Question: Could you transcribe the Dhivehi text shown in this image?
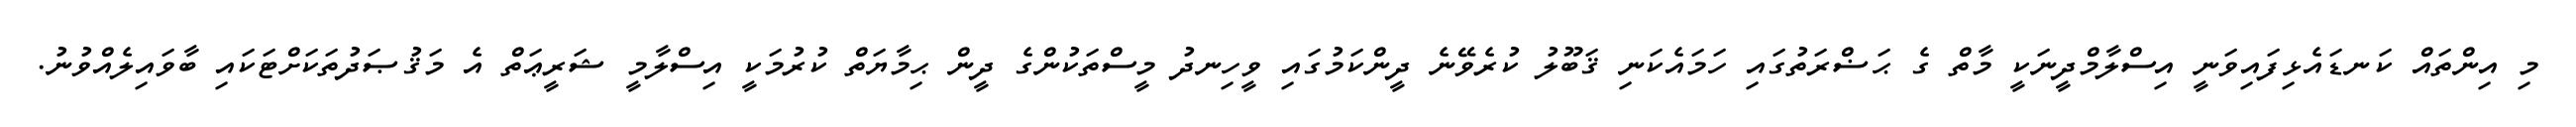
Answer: މި އިންތައް ކަނޑައެޅިފައިވަނީ އިސްލާމްދީނަކީ މާތް ގެ ޙަޟްރަތުގައި ހަމައެކަނި ޤަބޫލު ކުރެވޭނެ ދީންކަމުގައި ވީހިނދު މީސްތަކުންގެ ދީން ޙިމާޔަތް ކުރުމަކީ އިސްލާމީ ޝަރީޢަތް އެ މަޤުޞަދުތަކަށްޓަކައި ބާވައިލެއްވުނު.